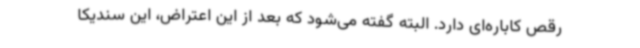
رقص کاباره‌ای دارد. البته گفته می‌شود که بعد از این اعتراض، این سندیکا